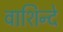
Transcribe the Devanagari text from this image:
वाशिन्दे